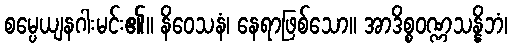
စမ္ပေယျနဂါးမင်း၏။ နိဝေသနံ၊ နေရာဖြစ်သော။ အာဒိစ္စဝဏ္ဏသန္နိဘံ၊